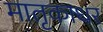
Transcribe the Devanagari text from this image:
मातृकाधर